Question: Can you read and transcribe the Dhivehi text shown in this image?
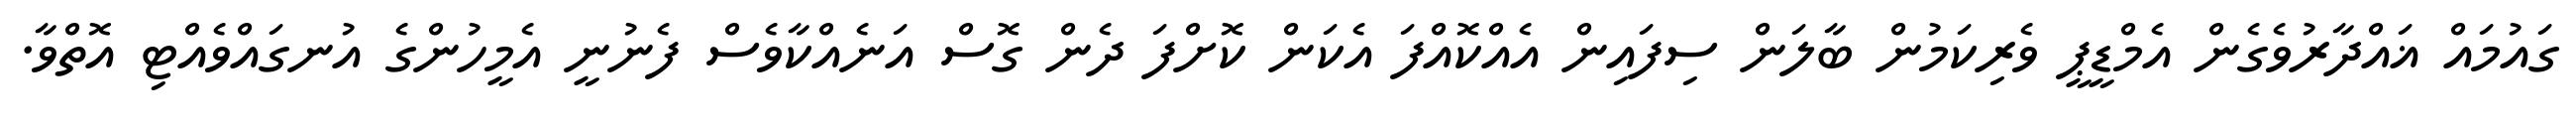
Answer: ގައުމައް ޣައްދާރުވެގެން އެމްޑީޕީ ވެރިކަމުން ބާލަން ސިފައިން އެއްކޮއްފަ އެކަން ކޮށްފަ ދެން ގޮސް އަނެއްކާވެސް ފެނުނީ އެމީހުންގެ އުނގައްވެއްޓި އޮތްވާ.